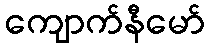
ကျောက်နီမော်